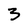
Character: 3